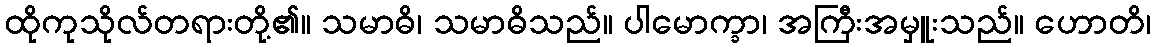
ထိုကုသိုလ်တရားတို့၏။ သမာဓိ၊ သမာဓိသည်။ ပါမောက္ခာ၊ အကြီးအမှူးသည်။ ဟောတိ၊